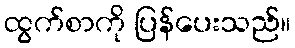
ထွက်စာကို ပြန်ပေးသည်။